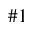
\# 1